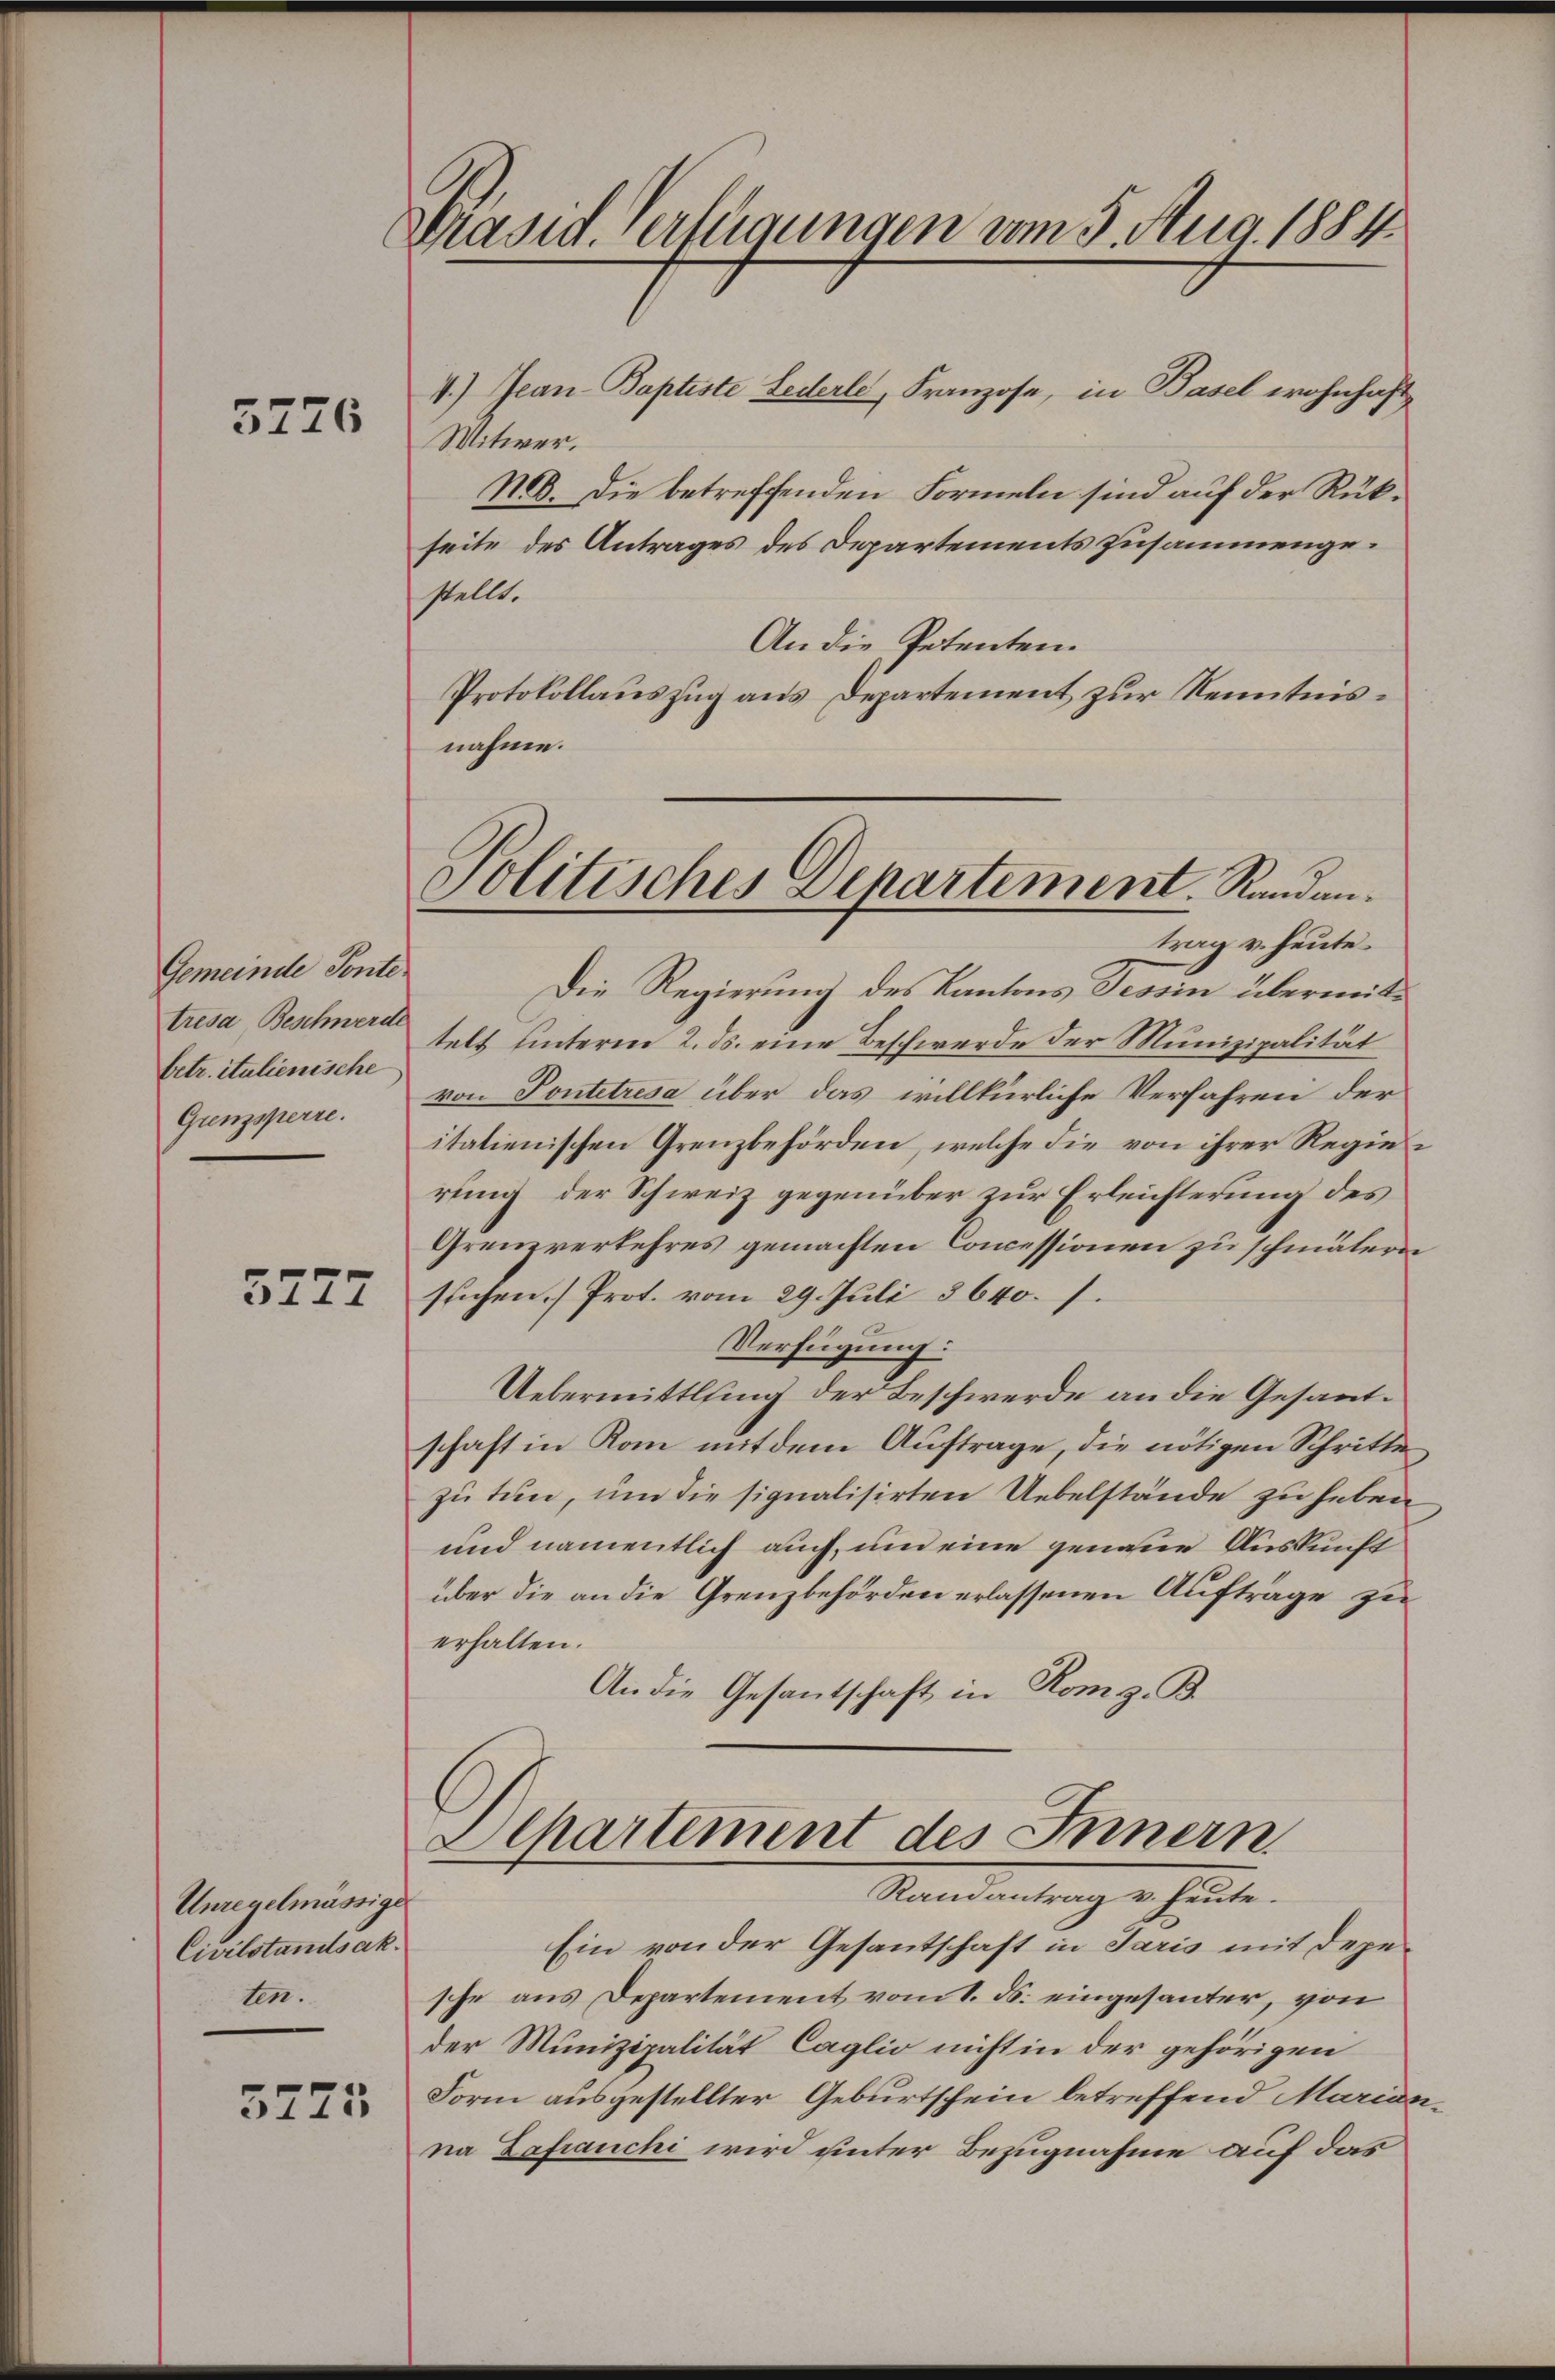
5226

Gemeinde Ponte.
tresa Beschwerde
betr. italienische
Grenzsperre.

5777

Unregelmässige
Civilstandsak.
ten.

5775

Präsid. Verfügungen vom 5. Aug. 1884.

Politisches Departement. Randantrag v. heute.

4.) Jean-Baptiste Lederle, Franzose, in Basel wohnhaft
Witwer.
NB. Die betreffenden Formeln sind auf der Rükseite des Antrages des Departements zusammengestellt.
An die Petenten.
Protokollauszug aus Departement zur Kenntnisnahme.
Die Regierung des Kantons Tessin übermittelt hinterm 2. ds. eine Beschwerde der Munizipalität
von Pontetresa über das willkürliche Verfahren der
italienischen Grenzbehörden, welche die von ihrer Regierung der Schweiz gegenüber zur Erleichterung des
Grenzverkehres gemachten Concessionen zu schmätern
suchen. ( Prot. vom 29. Juli 3640. I.
Verfügung:
Uebermittlung der Beschwerde an die Gesandschaft in Kam mit dem Auftrage, die nötigen Schritte
zu tun, um die signalisirten Uebelstände zu heben
und namentlich auch, um eine genaue Auskunft
über die an die Grenzbehörden erlassenen Aufträge zu
erhalten.
An die Gesantschaft in Rom z. B.

Apartement des Innern
Ramantrag v. heute.

Ein von der Gesantschaft in Paris mit depesche aus Departement vom 1. ds. eingesanter, von
der Munizipalität Caglio nicht in der gehörigen
Form ausgestellter Geburtschein betreffend Marianna Lafranchi wird unter Bezugnahme auf das